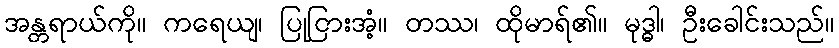
အန္တရာယ်ကို။ ကရေယျ၊ ပြုငြားအံ့။ တဿ၊ ထိုမာရ်၏။ မုဒ္ဓါ၊ ဦးခေါင်းသည်။